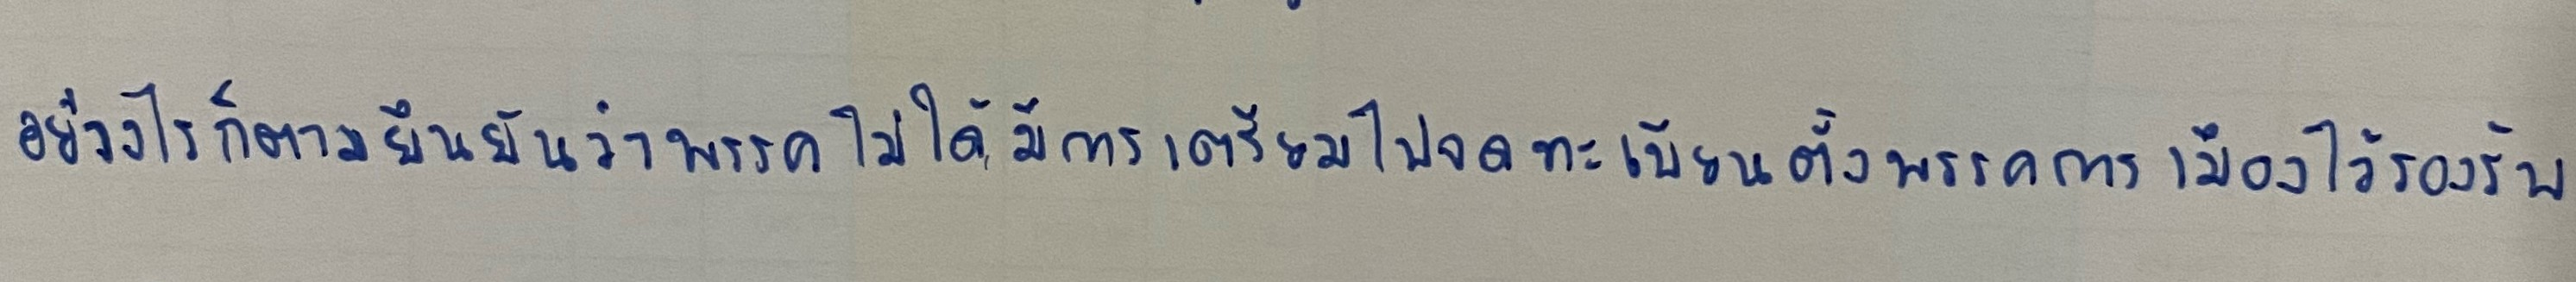
อย่างไรก็ตามยืนยันว่าพรรคไม่ได้มีการเตรียมไปจดทะเบียนตั้งพรรคการเมืองไว้รองรับ